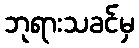
ဘုရားသခင်မှ